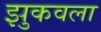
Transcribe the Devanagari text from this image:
झुकवला